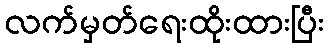
လက်မှတ်ရေးထိုးထားပြီး